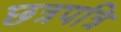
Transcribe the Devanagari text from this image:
छत्रपत्रि